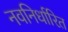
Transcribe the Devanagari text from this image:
नवनिर्धारित